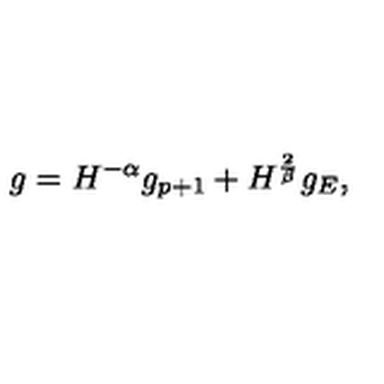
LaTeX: g = H ^ { - \alpha } g _ { p + 1 } + H ^ { \frac 2 \beta } g _ { E } ,